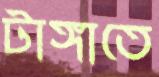
টাঙ্গাতে